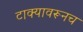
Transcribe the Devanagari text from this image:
टाक्यावरूनच